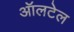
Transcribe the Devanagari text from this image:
ऑलटेल